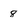
Character: 8